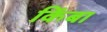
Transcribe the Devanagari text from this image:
किंबा